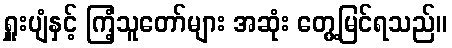
ရှူးပျံနှင့် ကြံ့သူတော်များ အဆုံး တွေ့မြင်ရသည်။